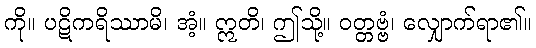
ကို။ ပဋိကရိဿာမိ၊ အံ့။ ဣတိ၊ ဤသို့။ ဝတ္တဗ္ဗံ၊ လျှောက်ရာ၏။